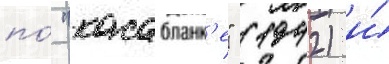
по́ "касабланк'е" (1942) и́